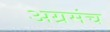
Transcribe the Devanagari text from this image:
अग्रमंच